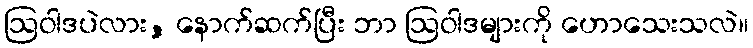
ဩဝါဒပဲလား, နောက်ဆက်ပြီး ဘာ ဩဝါဒများကို ဟောသေးသလဲ။